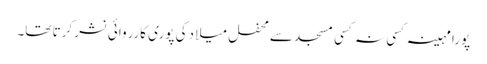
پورا مہینہ کسی نہ کسی مسجد سے محفل میلا دکی پوری کارروائی نشر کرتا تھا۔